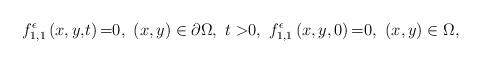
LaTeX: \begin{align*}{f_{1,1}^\epsilon}\left({x,y,}t \right){\rm =}0, ~(x,y)\in\partial\Omega,~ {t >}0,~f_{1,1}^\epsilon\left(x,y ,0\right){\rm =}0,~(x,y)\in\Omega,\end{align*}